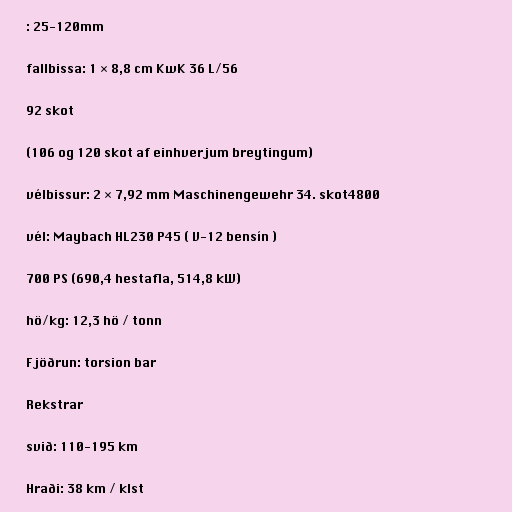
: 25-120mm

fallbissa: 1 × 8,8 cm KwK 36 L/56

92 skot

(106 og 120 skot af einhverjum breytingum)

vélbissur: 2 × 7,92 mm Maschinengewehr 34. skot4800

vél: Maybach HL230 P45 ( V-12 bensín )

700 PS (690,4 hestafla, 514,8 kW)

hö/kg: 12,3 hö / tonn

Fjöðrun: torsion bar

Rekstrar

svið: 110-195 km

Hraði: 38 km / klst